Indian journal of veterinary science and animal husbandry - Volumes 22-23, 1952-1953
Year: 1952
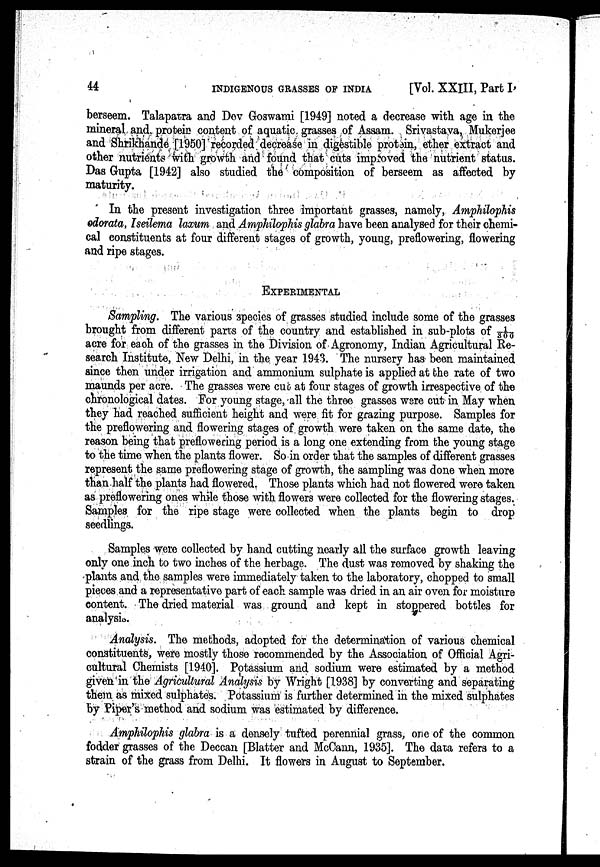
44
INDIGENOUS
GRASSES
OF
INDIA
[Vol. XXIII, Part I,
berseem. Talapatra and Dev Goswami [1949] noted a decrease with age in the
mineral and protein content of aquatic grasses of Assam. Srivastava, Mukerjee
and Shrikhande [1950] recorded decrease in digestible protein, ether extract and
other nutrients with growth and found that cuts improved the nutrient status.
Das Gupta [1942] also studied the composition of berseem as affected by
maturity.
In the present investigation three important grasses, namely, Amphilophis
odorata, Iseilema laxum and Amphilophis glabra have been analysed for their chemi-
cal constituents at four different stages of growth, young, preflowering, flowering
and ripe stages.
EXPERIMENTAL
Sampling. The various species of grasses studied include some of the grasses
brought from different parts of the country and established in sub-plots of 1/300
acre for eaoh of the grasses in the Division of Agronomy, Indian Agricultural Re-
search Institute, New Delhi, in the year 1943. The nursery has been maintained
since then under irrigation and ammonium sulphate is applied at the rate of two
maunds per acre. The grasses were cut at four stages of growth irrespective of the
chronological dates. For young stage, all the three grasses were cut in May when
they had reached sufficient height and were fit for grazing purpose. Samples for
the preflowering and flowering stages of growth were taken on the same date, the
reason being that preflowering period is a long one extending from the young stage
to the time when the plants flower. So in order that the samples of different grasses
represent the same preflowering stage of growth, the sampling was done when more
than half the plants had flowered. Those plants which had not flowered were taken
as preflowering ones while those with flowers were collected for the flowering stages.
Samples for the ripe stage were collected when the plants begin to drop
seedlings.
Samples were collected by hand cutting nearly all the surface growth leaving
only one inch to two inches of the herbage. The dust was removed by shaking the
plants and the samples were immediately taken to the laboratory, chopped to small
pieces and a representative part of each sample was dried in an air oven for moisture
content. The dried material was ground and kept in stoppered bottles for
analysis.
Analysis. The methods, adopted for the determination of various chemical
constituents, were mostly those recommended by the Association of Official Agri-
cultural Chemists [1940]. Potassium and sodium were estimated by a method
given in the Agricultural Analysis by Wright [1938] by converting and separating
them as mixed sulphates. Potassium is further determined in the mixed sulphates
by Piper's method and sodium was estimated by difference.
Amphilophis glabra is a densely tufted perennial grass, one of the common
fodder grasses of the Deccan [Blatter and McCann, 1935]. The data refers to a
strain of the grass from Delhi. It flowers in August to September.